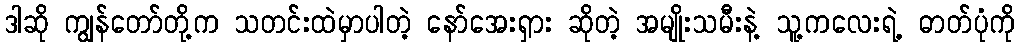
ဒါဆို ကျွန်တော်တို့က သတင်းထဲမှာပါတဲ့ နော်အေးရှား ဆိုတဲ့ အမျိုးသမီးနဲ့ သူ့ကလေးရဲ့ ဓာတ်ပုံကို